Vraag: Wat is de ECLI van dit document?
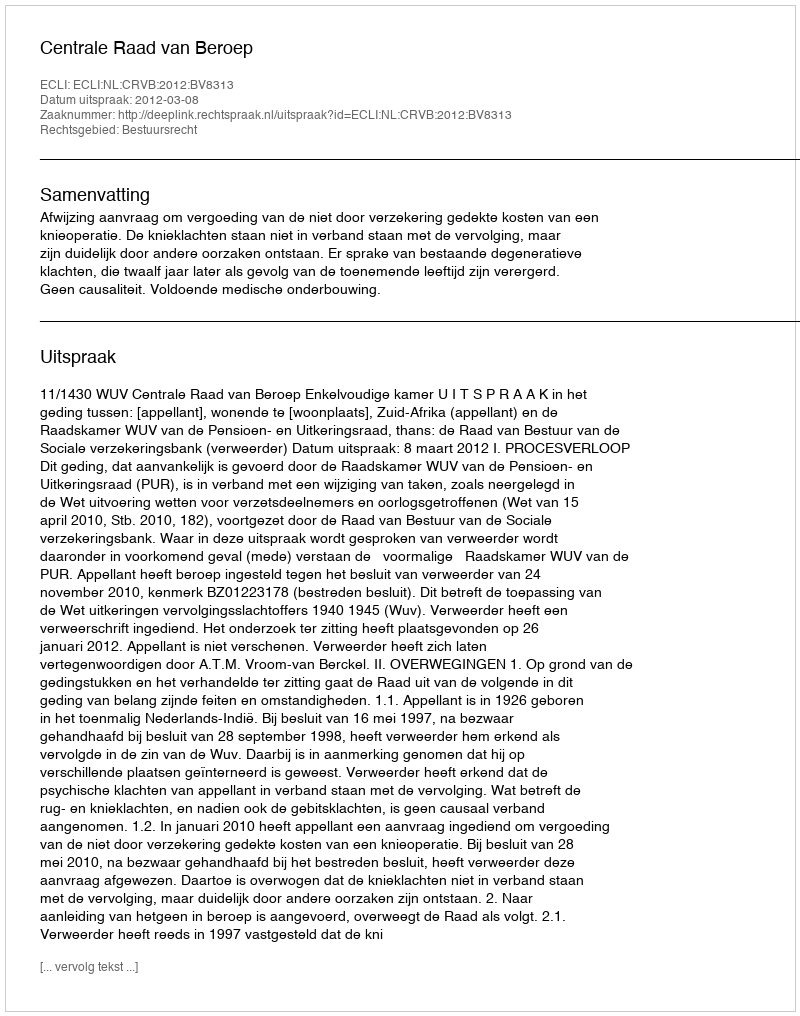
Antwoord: ECLI:NL:CRVB:2012:BV8313